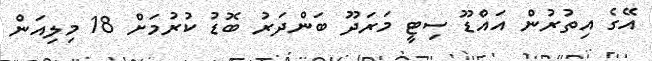
އޭގެ އިތުރުން އައްޑޫ ސިޓީ މަރަދޫ ބަންދަރު ބޮޑު ކުރުމަށް 18 މިލިއަން